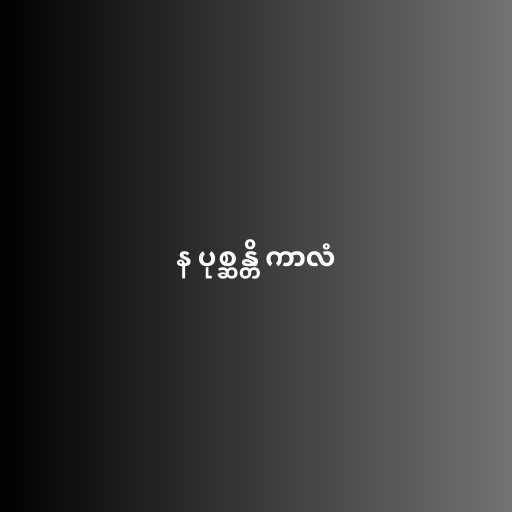
န ပုစ္ဆန္တိ ကာလံ